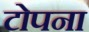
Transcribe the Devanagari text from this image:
टोपना